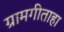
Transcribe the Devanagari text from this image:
ग्रामगीताहा